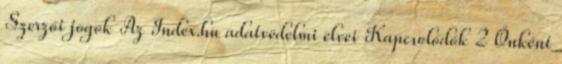
Szerzői jogok Az Index.hu adatvédelmi elvei Kapcsolódók 2 Önként